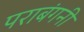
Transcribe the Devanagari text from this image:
पराबंगनी